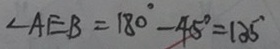
\angle A E B = 1 8 0 ^ { \circ } - 4 5 ^ { \circ } = 1 3 5 ^ { \circ }